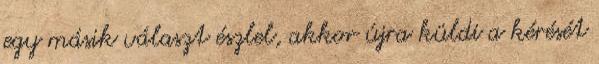
egy másik választ észlel, akkor újra küldi a kérését